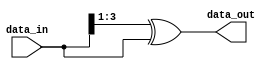
module binary_to_gray #(parameter width = 4)(

    input wire [width-1 : 0] data_in,

    output wire [width-1 : 0] data_out
    );


    assign data_out = (data_in >> 1) ^ data_in;
    
endmodule